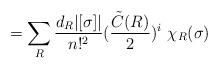
LaTeX: \begin{align*}= \sum_R \frac{d_R | [ \sigma ] |}{n !^2} (\frac{{\tilde C} (R)}{2})^i \ \chi_R (\sigma )\end{align*}